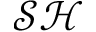
\mathcal { S H }